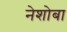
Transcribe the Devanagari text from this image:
नेशोबा